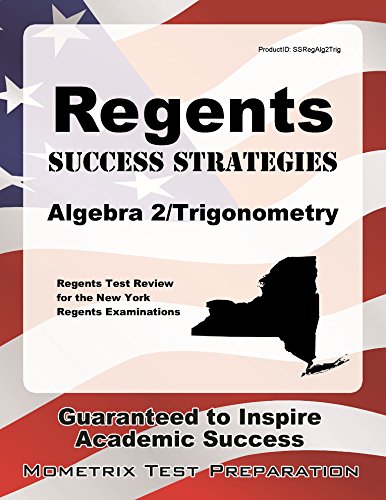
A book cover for Regents Success Strategies Algebra 2/Trigonometry Study Guide: Regents Test Review for the New York Regents Examinations; Regents Exam Secrets Test Prep Team; Test Preparation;